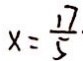
x = \frac { 1 7 } { 5 }